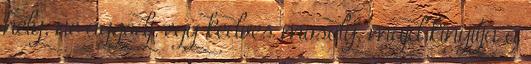
hely, ne aggódj. egy kedves mosoly, majd kinyitja a